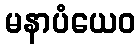
မနာပံယေဝ